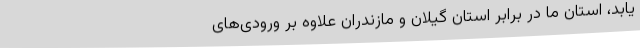
یابد، استان ما در برابر استان گیلان و مازندران علاوه بر ورودی‌های